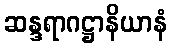
ဆန္ဒရာဂဋ္ဌာနိယာနံ